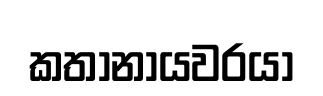
කතානායවරයා